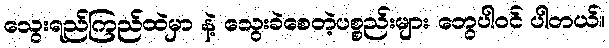
သွေးရည်ကြည်ထဲမှာ နဲ့ သွေးခဲစေတဲ့ပစ္စည်းများ တွေပါဝင် ပါတယ်။